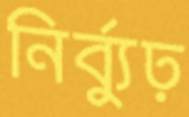
নির্ব্যুঢ়